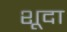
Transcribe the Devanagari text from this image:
शूदा